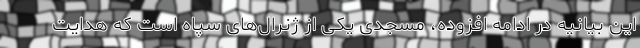
این بیانیه در ادامه افزوده، مسجدی یکی از ژنرال‌های سپاه است که هدایت